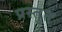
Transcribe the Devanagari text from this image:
प्रस्तु्त